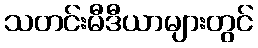
သတင်းမီဒီယာများတွင်